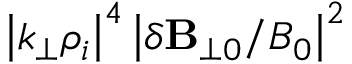
\left| k _ { \perp } \rho _ { i } \right| ^ { 4 } \left| \delta \mathbf { B } _ { \perp 0 } / B _ { 0 } \right| ^ { 2 }